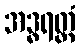
အဒ္ဓရတ္တံ